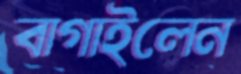
বাগাইলেন